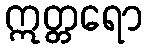
ဣတ္တရော